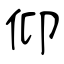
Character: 仰